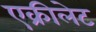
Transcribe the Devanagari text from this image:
एक्रीलेट